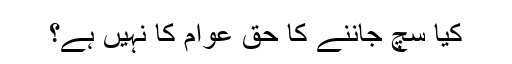
کیا سچ جاننے کا حق عوام کا نہیں ہے؟